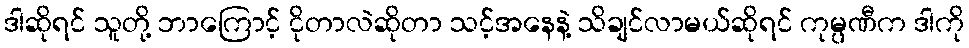
ဒါဆိုရင် သူတို့ ဘာကြောင့် ငိုတာလဲဆိုတာ သင့်အနေနဲ့ သိချင်လာမယ်ဆိုရင် ကုမ္ပဏီက ဒါကို